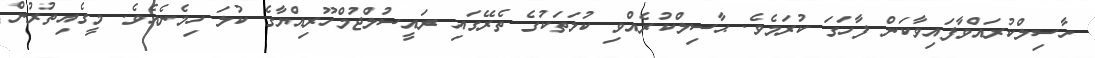
ހާސިލްކުރައްވާފައިވާކަން ފާހަގަ ކުރަމެވެ. ޙާސިލްކުރެއްވި ކުލަތަކުގެ ތެރޭގައި ރައީސުލްޖުމްހޫރިއްޔާގެ ކުލަަ ހިމެނެއެވެ. މީގެއިތުރުން